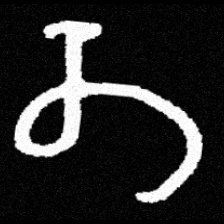
Pyu character \u2014 Myanmar letter: တ (romanized: ta)